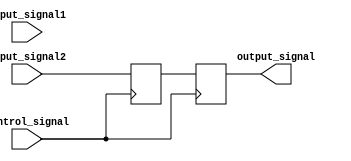
module TimingControlMultiplexerDelay (
    input wire input_signal1,
    input wire input_signal2,
    input wire control_signal,
    output reg output_signal
);

reg delayed_signal;

always @ (posedge control_signal) begin
    if (control_signal == 1'b0) begin
        delayed_signal <= input_signal1;
    end else begin
        delayed_signal <= input_signal2;
    end
end

always @ (posedge control_signal) begin
    output_signal <= delayed_signal;
end

endmodule